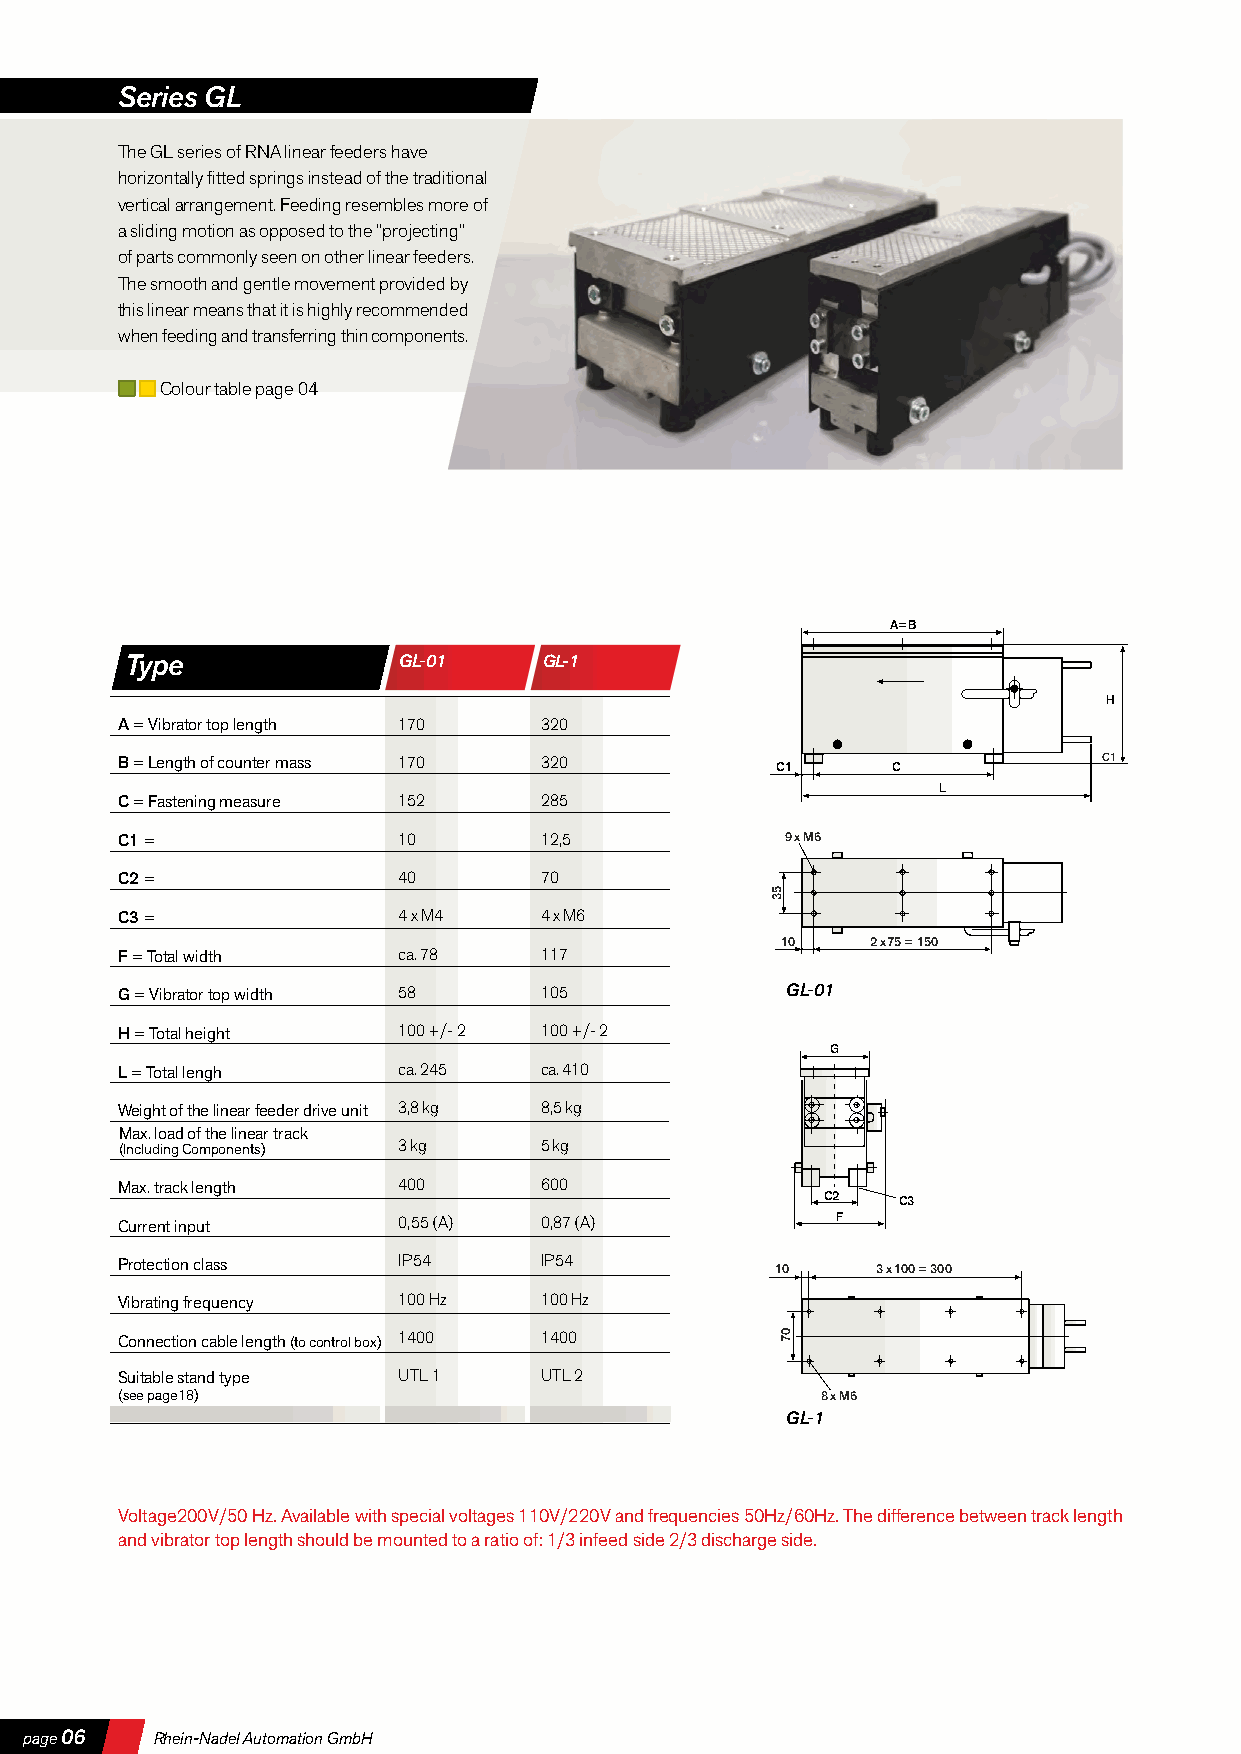
Series GL
 The GL series of RNA linear feeders have
 horizontally fitted springs instead of the traditional
 vertical arrangement. Feeding resembles more of
 a sliding motion as opposed to the “projecting”
 of parts commonly seen on other linear feeders.
 The smooth and gentle movement provided by
 this linear means that it is highly recommended
 when feeding and transferring thin components.
 Colour table page 04
 A=B
 Type              GL-01     GL-1
 H
 A = Vibrator top length 170 320
 B = Length of counter mass 170 320         C1      C             C1
 L
 C = Fastening measure 152   285
 C1 =              10        12,5            9 x M6
 C2 =              40        70
 C3 =              4 x M4    4 x M6
 10    2 x 75 = 150
 F = Total width   ca. 78    117
 G = Vibrator top width 58   105             GL-01
 H = Total height  100 +/- 2 100 +/- 2
 G
 L = Total lengh   ca. 245   ca. 410
 Weight of the linear feeder drive unit 3,8 kg 8,5 kg
 Max. load of the linear track
 (Including Components) 3 kg 5 kg
 Max. track length 400       600
 C2  C3
 Current input     0,55 (A)  0,87 (A)           F
 Protection class  IP54      IP54
 10     3 x 100 = 300
 Vibrating frequency 100 Hz  100 Hz
 Connection cable length (to control box) 1400 1400
 Suitable stand type UTL 1   UTL 2
 (see page18)                                  8 x M6
 GL-1
 Voltage200V/50 Hz. Available with special voltages 110V/220V and frequencies 50Hz/60Hz. The difference between track length
 and vibrator top length should be mounted to a ratio of: 1/3 infeed side 2/3 discharge side.
 page 06 Rhein-Nadel Automation GmbH
 53
 07